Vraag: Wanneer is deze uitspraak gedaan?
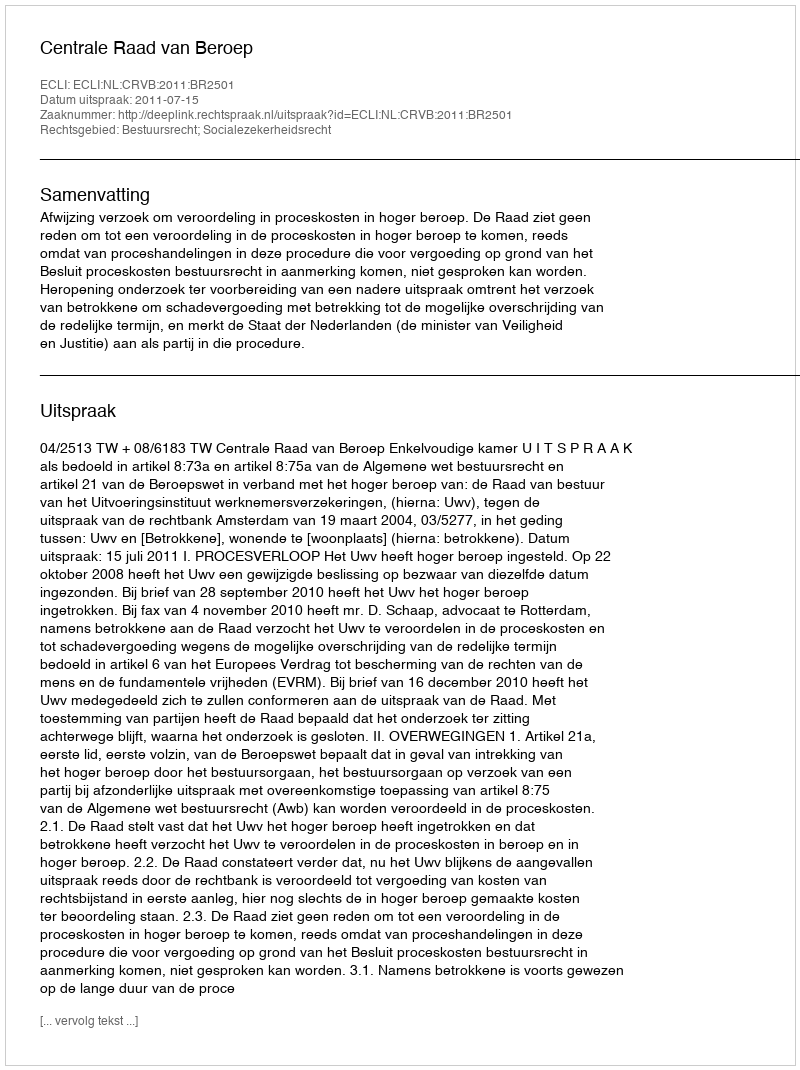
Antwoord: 2011-07-15